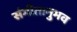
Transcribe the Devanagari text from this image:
संगीतानुभव